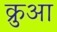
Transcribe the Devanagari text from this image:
क्रुआ